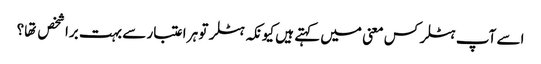
اسے آپ ہٹلر کس معنی میں کہتے ہیں کیونکہ ہٹلر تو ہر اعتبار سے بہت برا شخص تها؟